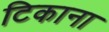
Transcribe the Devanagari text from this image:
टिकाना